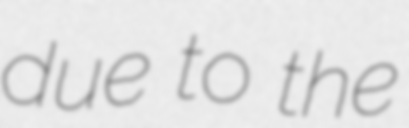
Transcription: due to the